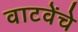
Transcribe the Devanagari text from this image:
वाटवेंचे